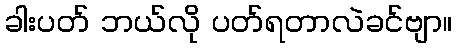
ခါးပတ် ဘယ်လို ပတ်ရတာလဲခင်ဗျာ။